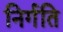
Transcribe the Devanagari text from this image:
निर्गति